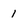
Character: 1